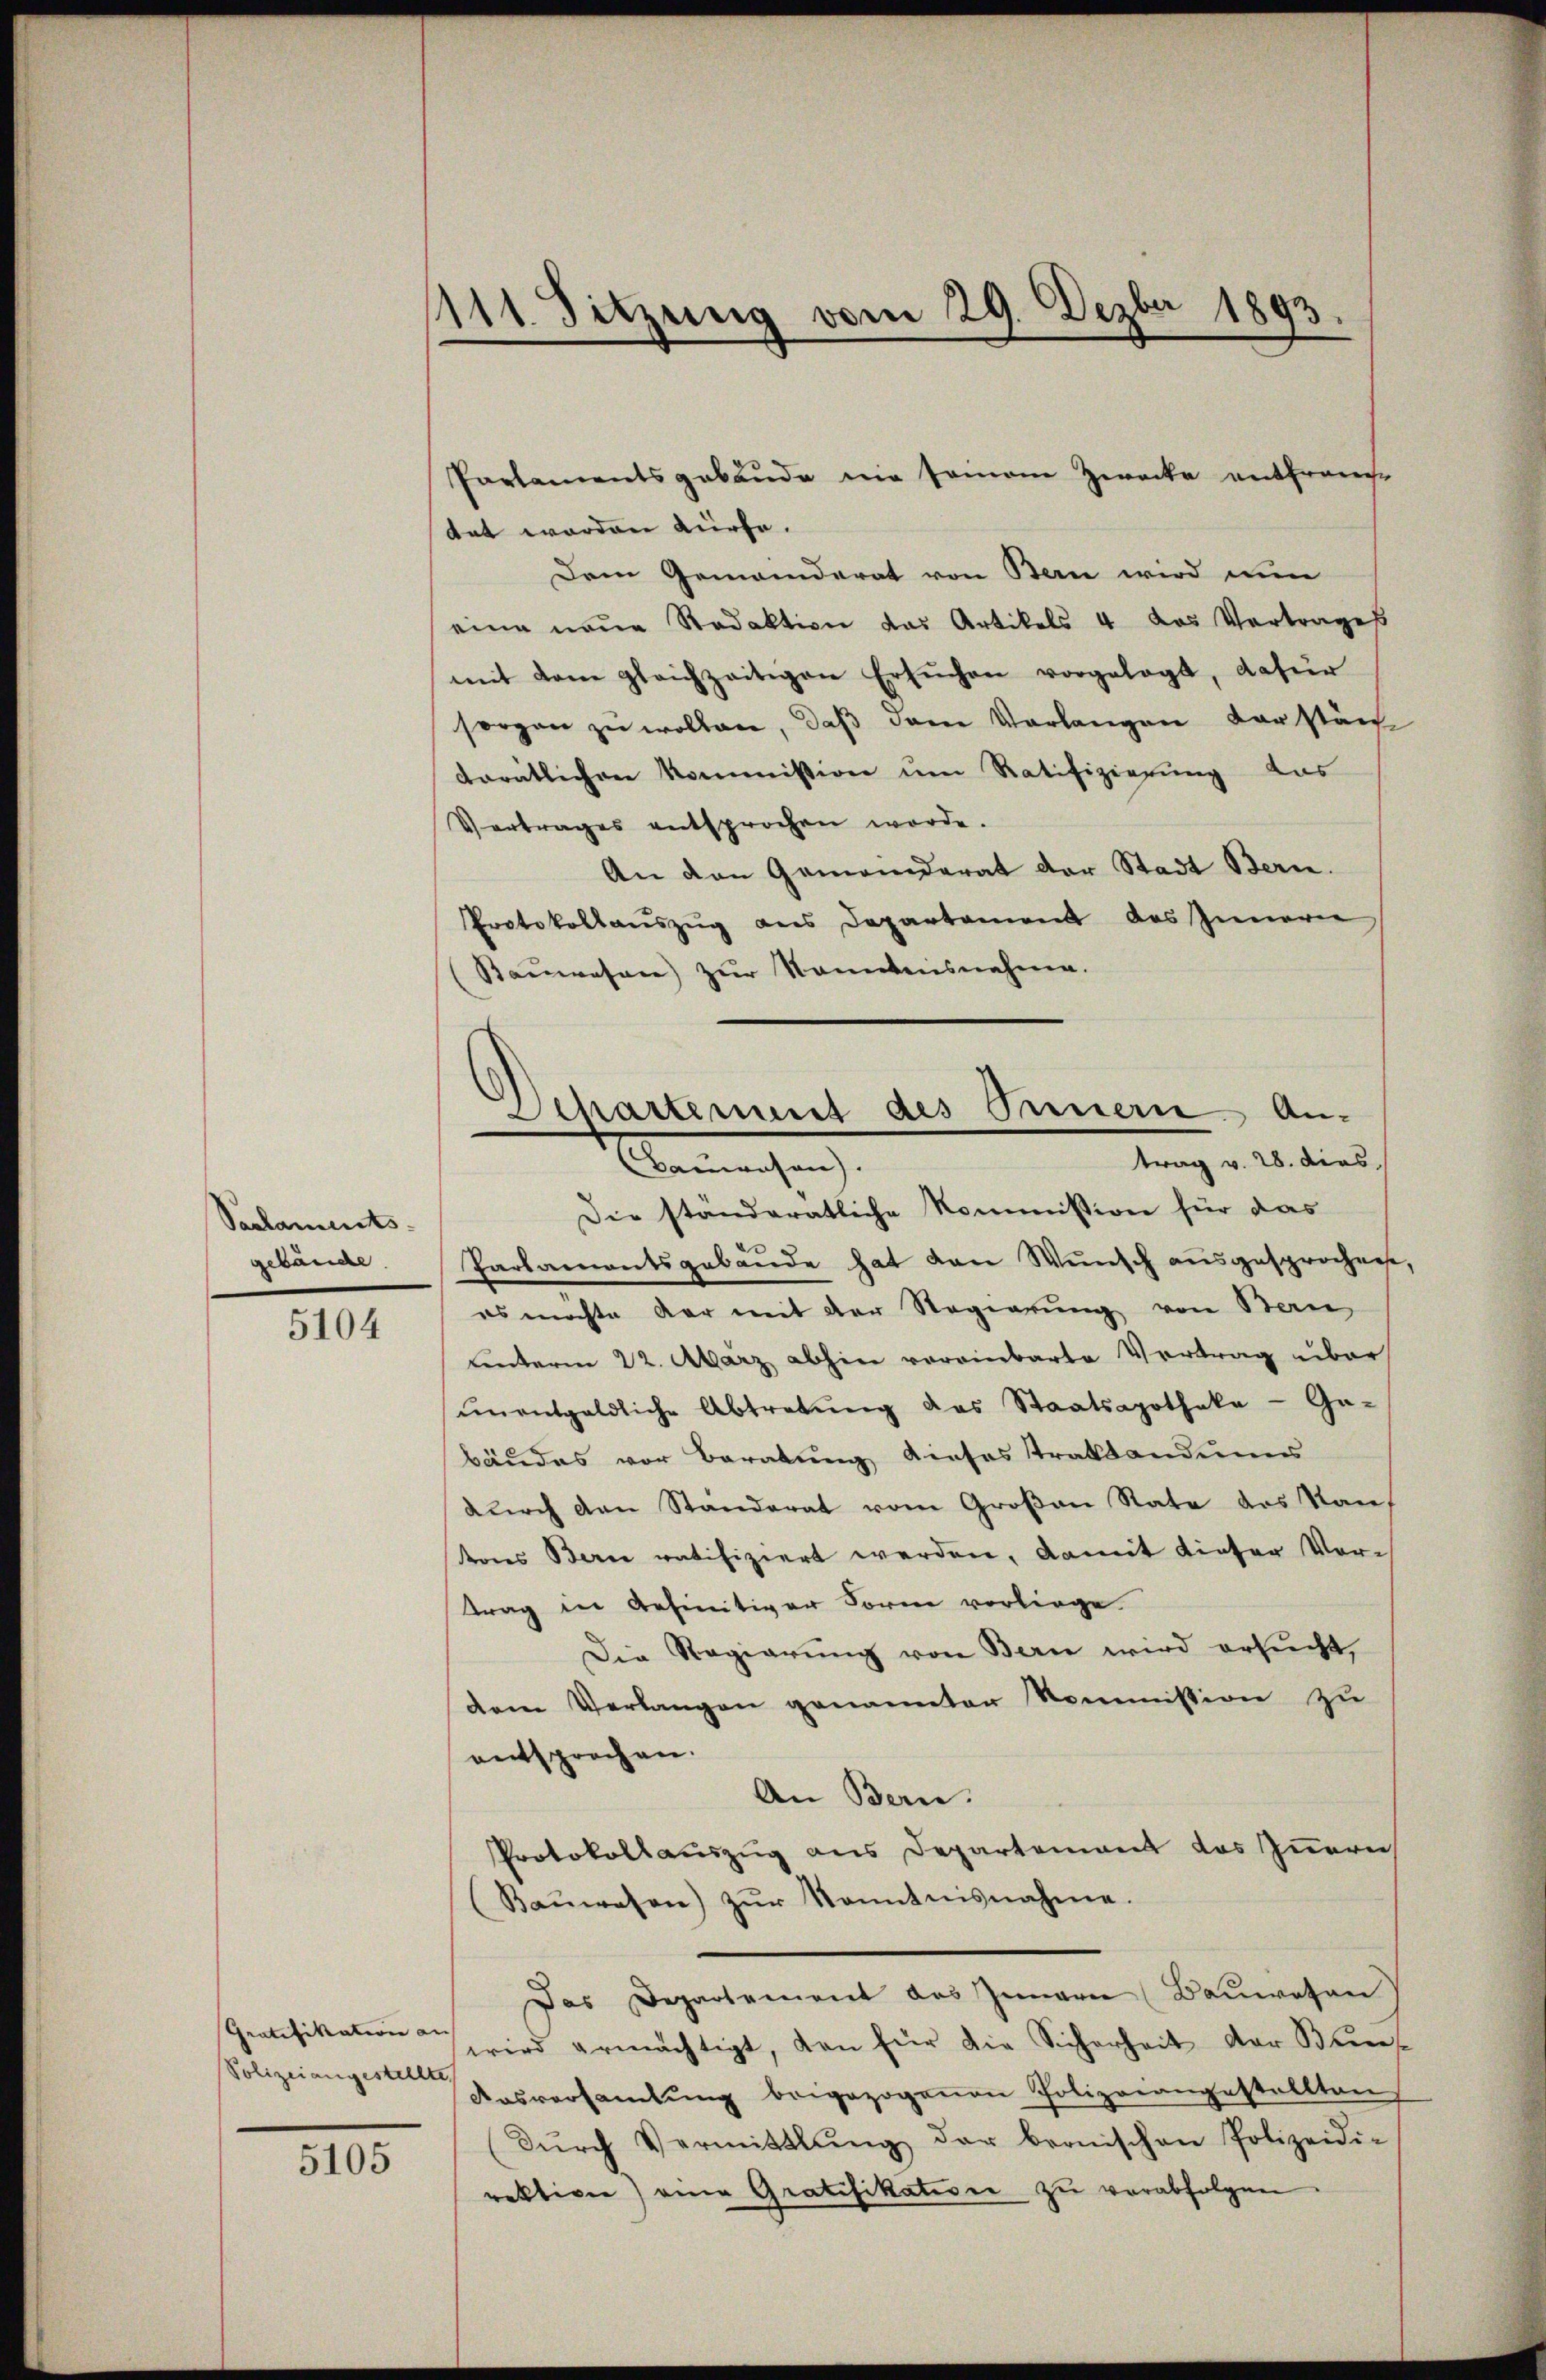
5104

5105

Parlaments.
gebäude.

Gratifikation an |
Polizeiangestellte,

1111. Sitzung vom 29. Dezbr 1893.

tat worden dürfe.
Dem Gemeinderat von Bern wird nun
eine neue Redaktion das Artikels 4 das Vertrages
mit dem gleichzeitigen Ersŭchen vorgelegt, dafür
sorgen zu wollen, daß dem Verlangen der stän
dorätlichen Kommission um Ratifizierung das
Vertrages entsprochen werde.
An den Gemeinderat der Stadt Bern.
Protokollaŭszŭg ans Departement des Innern
(Rauwesen) zur Kenntnisnehme.
Die ständeratliche Kommission für das
Parlamentsgebäude hat den Wunsch ausgesprochen,
es möchte der mit der Regierung von Bern,
unterm 22. Aarz abhin vereinbarte Vertrag über
ŭnentgeldliche Abtretŭng des Staatsapotheke - Ga-
bäudes vor Beratung dieses Traktandungs
durch den Standerat vom Großen Rate des Kauf
tons Berne ratifiziert werden, damit dieser Vortrag in definitiver Form vorliege
Die Regierung von Bern wird ersucht,
dem Verlangen genannter Kommission zu
entsprochen.
An Bern.
Protokollauszug aus Departement das Innern
Baŭwesen) zŭr Kenntnisnahme.
Das Departement des Innern (Baŭwesen
wird ermächtigt, den für die Sicherheit der Bes
Ausversamlung beigezogenen Polizeiangestellten
(Dŭrch Vermittlung der bronischen Polizeidi-
rektiven) eine Gratifikation zu verabfolgen.

Parlamentsgebäude nie seinem Zwecke entfranche

Separtenung des Innern Antrag v. 28. dies
Venmachen